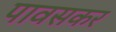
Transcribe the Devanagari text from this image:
पावसकर